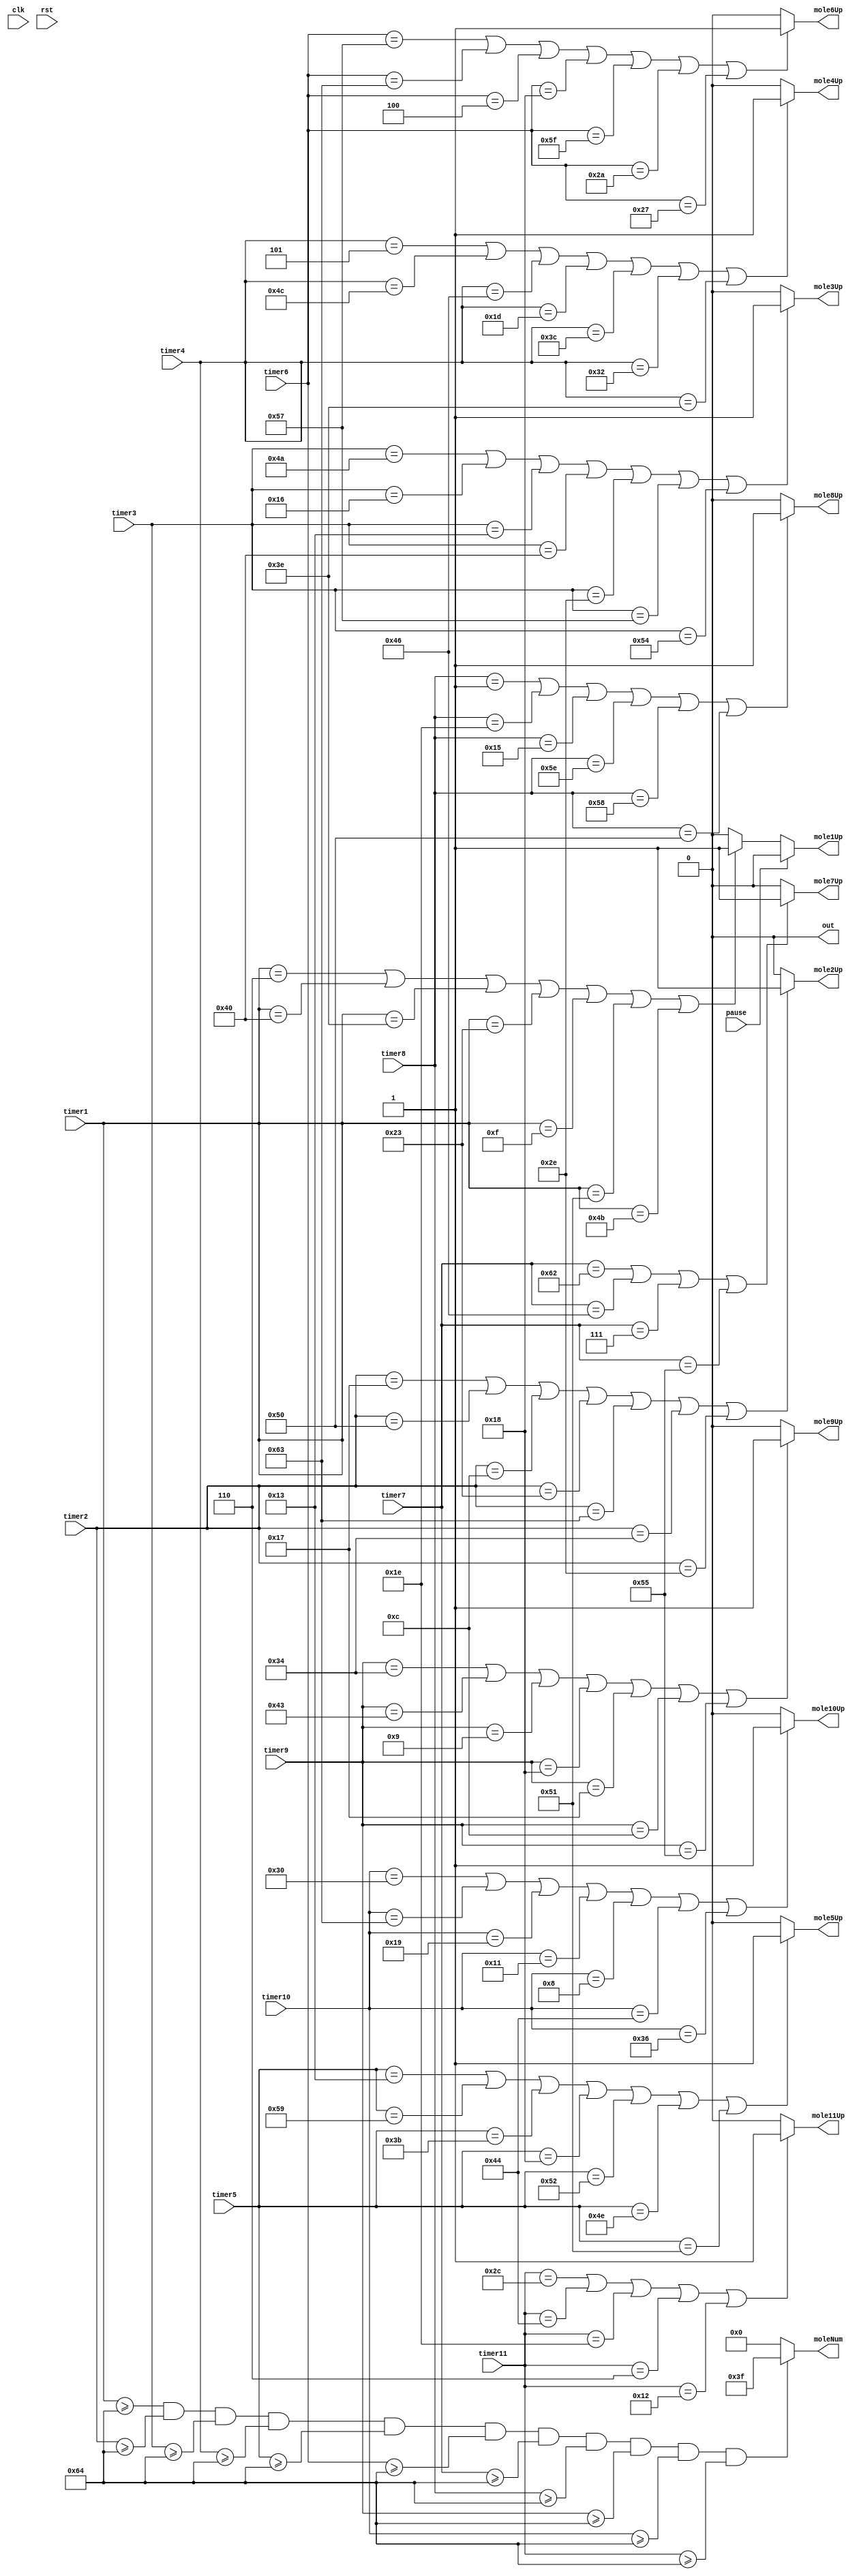
/*
   This file was generated automatically by the Mojo IDE version B1.3.6.
   Do not edit this file directly. Instead edit the original Lucid source.
   This is a temporary file and any changes made to it will be destroyed.
*/

module lightup_4_5 (
    input clk,
    input rst,
    output reg out,
    output reg mole1Up,
    output reg mole2Up,
    output reg mole3Up,
    output reg mole4Up,
    output reg mole5Up,
    output reg mole6Up,
    output reg mole7Up,
    output reg mole8Up,
    output reg mole9Up,
    output reg mole10Up,
    output reg mole11Up,
    input [6:0] timer1,
    input [6:0] timer2,
    input [6:0] timer3,
    input [6:0] timer4,
    input [6:0] timer5,
    input [6:0] timer6,
    input [6:0] timer7,
    input [6:0] timer8,
    input [6:0] timer9,
    input [6:0] timer10,
    input [6:0] timer11,
    output reg [5:0] moleNum,
    input pause
  );
  
  
  
  always @* begin
    out = 1'h0;
    if (pause == 1'h1) begin
      mole1Up = 1'h0;
    end else begin
      if (timer1 == 7'h06 || timer1 == 7'h40 || timer1 == 7'h3e || timer1 == 7'h23 || timer1 == 7'h0f || timer1 == 7'h51 || timer1 == 7'h4b) begin
        mole1Up = 1'h1;
      end else begin
        mole1Up = 1'h0;
      end
    end
    if (pause == 2'h2) begin
      mole2Up = 1'h0;
    end else begin
      if (timer2 == 7'h17 || timer2 == 7'h50 || timer2 == 7'h0c || timer2 == 7'h23 || timer2 == 7'h63 || timer2 == 7'h34 || timer2 == 7'h2e) begin
        mole2Up = 1'h1;
      end else begin
        mole2Up = 1'h0;
      end
    end
    if (pause == 2'h3) begin
      mole3Up = 1'h0;
    end else begin
      if (timer3 == 7'h4a || timer3 == 7'h16 || timer3 == 7'h13 || timer3 == 7'h40 || timer3 == 7'h2e || timer3 == 7'h57 || timer3 == 7'h54) begin
        mole3Up = 1'h1;
      end else begin
        mole3Up = 1'h0;
      end
    end
    if (pause == 3'h4) begin
      mole4Up = 1'h0;
    end else begin
      if (timer4 == 7'h05 || timer4 == 7'h4c || timer4 == 7'h46 || timer4 == 7'h1d || timer4 == 7'h3c || timer4 == 7'h32 || timer4 == 7'h3e) begin
        mole4Up = 1'h1;
      end else begin
        mole4Up = 1'h0;
      end
    end
    if (pause == 3'h5) begin
      mole5Up = 1'h0;
    end else begin
      if (timer5 == 7'h13 || timer5 == 7'h59 || timer5 == 7'h3b || timer5 == 7'h18 || timer5 == 7'h52 || timer5 == 7'h4e || timer5 == 7'h51) begin
        mole5Up = 1'h1;
      end else begin
        mole5Up = 1'h0;
      end
    end
    if (pause == 3'h6) begin
      mole6Up = 1'h0;
    end else begin
      if (timer6 == 7'h57 || timer6 == 7'h63 || timer6 == 7'h04 || timer6 == 7'h18 || timer6 == 7'h5f || timer6 == 7'h2a || timer6 == 7'h27) begin
        mole6Up = 1'h1;
      end else begin
        mole6Up = 1'h0;
      end
    end
    if (pause == 3'h7) begin
      mole7Up = 1'h0;
    end else begin
      if (timer7 == 7'h62 || timer7 == 7'h46 || timer7 == 7'h07 || timer7 == 7'h55) begin
        mole7Up = 1'h1;
      end else begin
        mole7Up = 1'h0;
      end
    end
    if (pause == 4'h8) begin
      mole8Up = 1'h0;
    end else begin
      if (timer8 == 7'h01 || timer8 == 7'h1e || timer8 == 7'h15 || timer8 == 7'h5e || timer8 == 7'h58 || timer8 == 7'h50) begin
        mole8Up = 1'h1;
      end else begin
        mole8Up = 1'h0;
      end
    end
    if (pause == 4'h9) begin
      mole9Up = 1'h0;
    end else begin
      if (timer9 == 7'h34 || timer9 == 7'h43 || timer9 == 7'h09 || timer9 == 7'h18 || timer9 == 7'h17 || timer9 == 7'h0c || timer9 == 7'h55) begin
        mole9Up = 1'h1;
      end else begin
        mole9Up = 1'h0;
      end
    end
    if (pause == 4'ha) begin
      mole10Up = 1'h0;
    end else begin
      if (timer10 == 7'h30 || timer10 == 7'h63 || timer10 == 7'h19 || timer10 == 7'h11 || timer10 == 7'h08 || timer10 == 7'h44 || timer10 == 7'h36) begin
        mole10Up = 1'h1;
      end else begin
        mole10Up = 1'h0;
      end
    end
    if (pause == 4'hb) begin
      mole11Up = 1'h0;
    end else begin
      if (timer11 == 7'h2c || timer11 == 7'h44 || timer11 == 7'h1e || timer11 == 7'h06 || timer11 == 7'h12) begin
        mole11Up = 1'h1;
      end else begin
        mole11Up = 1'h0;
      end
    end
    if (timer1 >= 7'h64 && timer2 >= 7'h64 && timer3 >= 7'h64 && timer4 >= 7'h64 && timer5 >= 7'h64 && timer6 >= 7'h64 && timer7 >= 7'h64 && timer8 >= 7'h64 && timer9 >= 7'h64 && timer10 >= 7'h64 && timer11 >= 7'h64) begin
      moleNum = 6'h3f;
    end else begin
      moleNum = 1'h0;
    end
  end
endmodule